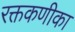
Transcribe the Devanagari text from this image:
रक्तकणीका